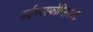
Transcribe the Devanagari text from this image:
बाईफास्फोग्लिसरेट